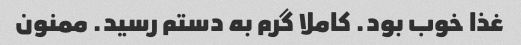
غذا خوب بود. کاملا گرم به دستم رسید. ممنون